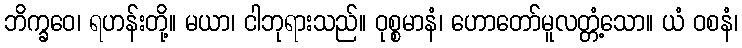
ဘိက္ခဝေ၊ ရဟန်းတို့။ မယာ၊ ငါဘုရားသည်။ ဝုစ္စမာနံ၊ ဟောတော်မူလတ္တံ့သော။ ယံ ဝစနံ၊